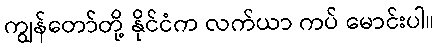
ကျွန်တော်တို့ နိုင်ငံက လက်ယာ ကပ် မောင်းပါ။